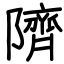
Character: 隮